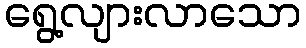
ရွေ့လျားလာသော